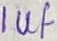
Text: 1uf